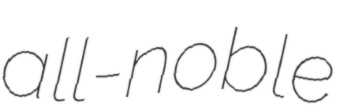
all-noble